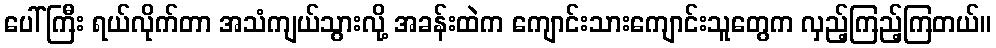
ပေါ်ကြီး ရယ်လိုက်တာ အသံကျယ်သွားလို့ အခန်းထဲက ကျောင်းသားကျောင်းသူတွေက လှည့်ကြည့်ကြတယ်။